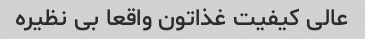
عالی کیفیت غذاتون واقعا بی نظیره